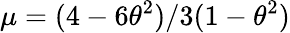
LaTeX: \mu=(4-6\theta^{2})/3(1-\theta^{2})